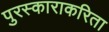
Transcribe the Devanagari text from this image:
पुरस्काराकरिता